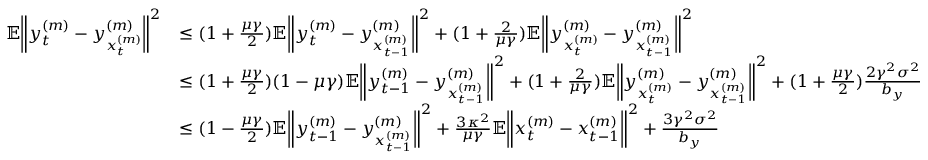
\begin{array} { r l } { \mathbb { E } \bigg \| y _ { t } ^ { ( m ) } - y _ { x _ { t } ^ { ( m ) } } ^ { ( m ) } \bigg \| ^ { 2 } } & { \leq ( 1 + \frac { \mu \gamma } { 2 } ) \mathbb { E } \bigg \| y _ { t } ^ { ( m ) } - y _ { x _ { t - 1 } ^ { ( m ) } } ^ { ( m ) } \bigg \| ^ { 2 } + ( 1 + \frac { 2 } { \mu \gamma } ) \mathbb { E } \bigg \| y _ { x _ { t } ^ { ( m ) } } ^ { ( m ) } - y _ { x _ { t - 1 } ^ { ( m ) } } ^ { ( m ) } \bigg \| ^ { 2 } } \\ & { \leq ( 1 + \frac { \mu \gamma } { 2 } ) ( 1 - \mu \gamma ) \mathbb { E } \bigg \| y _ { t - 1 } ^ { ( m ) } - y _ { x _ { t - 1 } ^ { ( m ) } } ^ { ( m ) } \bigg \| ^ { 2 } + ( 1 + \frac { 2 } { \mu \gamma } ) \mathbb { E } \bigg \| y _ { x _ { t } ^ { ( m ) } } ^ { ( m ) } - y _ { x _ { t - 1 } ^ { ( m ) } } ^ { ( m ) } \bigg \| ^ { 2 } + ( 1 + \frac { \mu \gamma } { 2 } ) \frac { 2 \gamma ^ { 2 } \sigma ^ { 2 } } { b _ { y } } } \\ & { \leq ( 1 - \frac { \mu \gamma } { 2 } ) \mathbb { E } \bigg \| y _ { t - 1 } ^ { ( m ) } - y _ { x _ { t - 1 } ^ { ( m ) } } ^ { ( m ) } \bigg \| ^ { 2 } + \frac { 3 \kappa ^ { 2 } } { \mu \gamma } \mathbb { E } \bigg \| x _ { t } ^ { ( m ) } - x _ { t - 1 } ^ { ( m ) } \bigg \| ^ { 2 } + \frac { 3 \gamma ^ { 2 } \sigma ^ { 2 } } { b _ { y } } } \end{array}